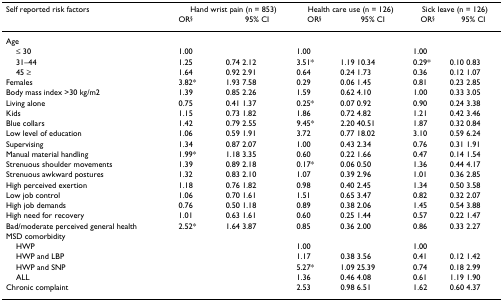
<table><thead><tr><td><b>Self reported risk factors</b></td><td colspan="2"><b>Hand wrist pain (n = 853)</b></td><td colspan="2"><b>Health care use (n = 126)</b></td><td colspan="2"><b>Sick leave (n = 126)</b></td></tr><tr><td></td><td><b>OR<sup>§</sup></b></td><td><b>95% CI</b></td><td><b>OR<sup>§</sup></b></td><td><b>95% CI</b></td><td><b>OR<sup>§</sup></b></td><td><b>95% CI</b></td></tr></thead><tbody><tr><td>Age</td><td></td><td></td><td></td><td></td><td></td><td></td></tr><tr><td> ≤ 30</td><td>1.00</td><td></td><td>1.00</td><td></td><td>1.00</td><td></td></tr><tr><td> 31–44</td><td>1.25</td><td>0.74 2.12</td><td>3.51*</td><td>1.19 10.34</td><td>0.29*</td><td>0.10 0.83</td></tr><tr><td> 45 ≥</td><td>1.64</td><td>0.92 2.91</td><td>0.64</td><td>0.24 1.73</td><td>0.36</td><td>0.12 1.07</td></tr><tr><td>Females</td><td>3.82*</td><td>1.93 7.58</td><td>0.29</td><td>0.06 1.45</td><td>0.81</td><td>0.23 2.85</td></tr><tr><td>Body mass index &gt;30 kg/m2</td><td>1.39</td><td>0.85 2.26</td><td>1.59</td><td>0.62 4.10</td><td>1.00</td><td>0.33 3.05</td></tr><tr><td>Living alone</td><td>0.75</td><td>0.41 1.37</td><td>0.25*</td><td>0.07 0.92</td><td>0.90</td><td>0.24 3.38</td></tr><tr><td>Kids</td><td>1.15</td><td>0.73 1.82</td><td>1.86</td><td>0.72 4.82</td><td>1.21</td><td>0.42 3.46</td></tr><tr><td>Blue collars</td><td>1.42</td><td>0.79 2.55</td><td>9.45*</td><td>2.20 40.51</td><td>1.87</td><td>0.32 0.84</td></tr><tr><td>Low level of education</td><td>1.06</td><td>0.59 1.91</td><td>3.72</td><td>0.77 18.02</td><td>3.10</td><td>0.59 6.24</td></tr><tr><td>Supervising</td><td>1.34</td><td>0.87 2.07</td><td>1.00</td><td>0.43 2.34</td><td>0.76</td><td>0.31 1.91</td></tr><tr><td>Manual material handling</td><td>1.99*</td><td>1.18 3.35</td><td>0.60</td><td>0.22 1.66</td><td>0.47</td><td>0.14 1.54</td></tr><tr><td>Strenuous shoulder movements</td><td>1.39</td><td>0.89 2.18</td><td>0.17*</td><td>0.06 0.50</td><td>1.36</td><td>0.44 4.17</td></tr><tr><td>Strenuous awkward postures</td><td>1.32</td><td>0.83 2.10</td><td>1.07</td><td>0.39 2.96</td><td>1.01</td><td>0.36 2.85</td></tr><tr><td>High perceived exertion</td><td>1.18</td><td>0.76 1.82</td><td>0.98</td><td>0.40 2.45</td><td>1.34</td><td>0.50 3.58</td></tr><tr><td>Low job control</td><td>1.06</td><td>0.70 1.61</td><td>1.51</td><td>0.65 3.47</td><td>0.82</td><td>0.32 2.07</td></tr><tr><td>High job demands</td><td>0.76</td><td>0.50 1.18</td><td>0.89</td><td>0.38 2.06</td><td>1.45</td><td>0.54 3.88</td></tr><tr><td>High need for recovery</td><td>1.01</td><td>0.63 1.61</td><td>0.60</td><td>0.25 1.44</td><td>0.57</td><td>0.22 1.47</td></tr><tr><td>Bad/moderate perceived general health</td><td>2.52*</td><td>1.64 3.87</td><td>0.85</td><td>0.36 2.00</td><td>0.86</td><td>0.33 2.27</td></tr><tr><td>MSD comorbidity</td><td></td><td></td><td></td><td></td><td></td><td></td></tr><tr><td> HWP</td><td></td><td></td><td>1.00</td><td></td><td>1.00</td><td></td></tr><tr><td> HWP and LBP</td><td></td><td></td><td>1.17</td><td>0.38 3.56</td><td>0.41</td><td>0.12 1.42</td></tr><tr><td> HWP and SNP</td><td></td><td></td><td>5.27*</td><td>1.09 25.39</td><td>0.74</td><td>0.18 2.99</td></tr><tr><td> ALL</td><td></td><td></td><td>1.36</td><td>0.46 4.08</td><td>0.61</td><td>1.19 1.90</td></tr><tr><td>Chronic complaint</td><td></td><td></td><td>2.53</td><td>0.98 6.51</td><td>1.62</td><td>0.60 4.37</td></tr></tbody></table>